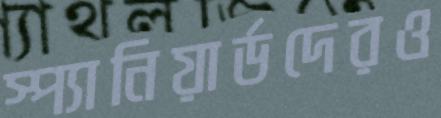
স্প্যানিয়ার্ডদেরও